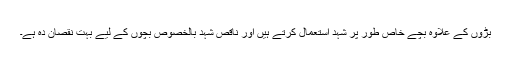
بڑوں کے علاوہ بچے خاص طور پر شہد استعمال کرتے ہیں اور ناقص شہد بالخصوص بچوں کے لیے بہت نقصان دہ ہے۔